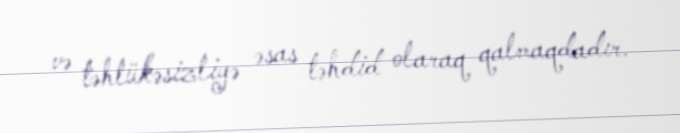
və təhlükəsizliyə əsas təhdid olaraq qalmaqdadır.